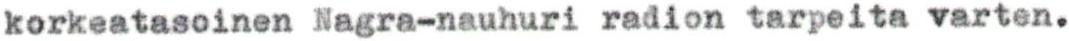
korkeatasoinen Nagra-nauhuri radion tarpeita varten.